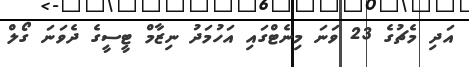
އަދި މެޗުގެ 23 ވަނަ މިނެޓްގައި އަހުމަދު ނިޒާމް ޓީސީގެ ދެވަނަ ގޯލް